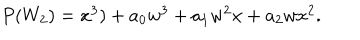
LaTeX: \begin{array} { l c r } { { P ( W _ { 2 } ) = x ^ { 3 } ) + a _ { 0 } w ^ { 3 } + a _ { 1 } w ^ { 2 } x + a _ { 2 } w x ^ { 2 } . } } \\ \end{array}